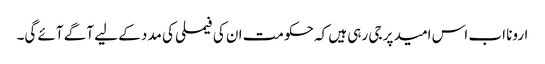
ارونا اب اس امید پر جی رہی ہیں کہ حکومت ان کی فیملی کی مدد کے لیے آگے آئے گی۔